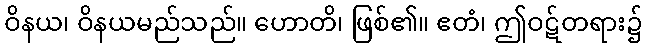
ဝိနယ၊ ဝိနယမည်သည်။ ဟောတိ၊ ဖြစ်၏။ ဧတံ၊ ဤဝဋ်တရား၌